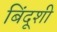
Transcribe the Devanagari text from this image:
बिंदूशी